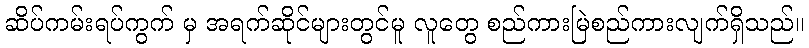
ဆိပ်ကမ်းရပ်ကွက် မှ အရက်ဆိုင်များတွင်မူ လူတွေ စည်ကားမြဲစည်ကားလျက်ရှိသည်။